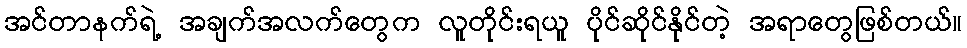
အင်တာနက်ရဲ့ အချက်အလက်တွေက လူတိုင်းရယူ ပိုင်ဆိုင်နိုင်တဲ့ အရာတွေဖြစ်တယ်။